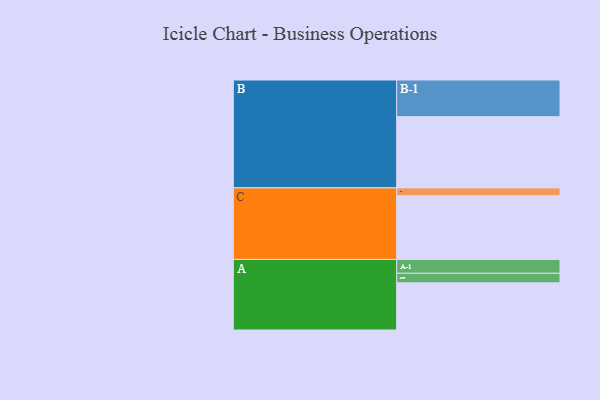
{"axis": {"x": "Segment", "y": "Value"}, "legend": ["", "A", "B", "C"], "data": [{"x": "A", "y": 379, "type": ""}, {"x": "B", "y": 572, "type": ""}, {"x": "C", "y": 512, "type": ""}, {"x": "A-1", "y": 111, "type": "A"}, {"x": "A-2", "y": 77, "type": "A"}, {"x": "B-1", "y": 295, "type": "B"}, {"x": "C-1", "y": 63, "type": "C"}]}